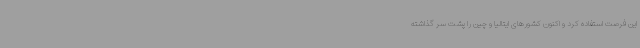
این فرصت استفاده کرد و اکنون کشورهای ایتالیا و چین را پشت سر گذاشته